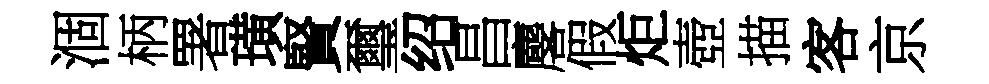
涸柄署璜賢璽绍昌麐假炬壺描客京